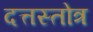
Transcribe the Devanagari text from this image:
दत्तस्तोत्र